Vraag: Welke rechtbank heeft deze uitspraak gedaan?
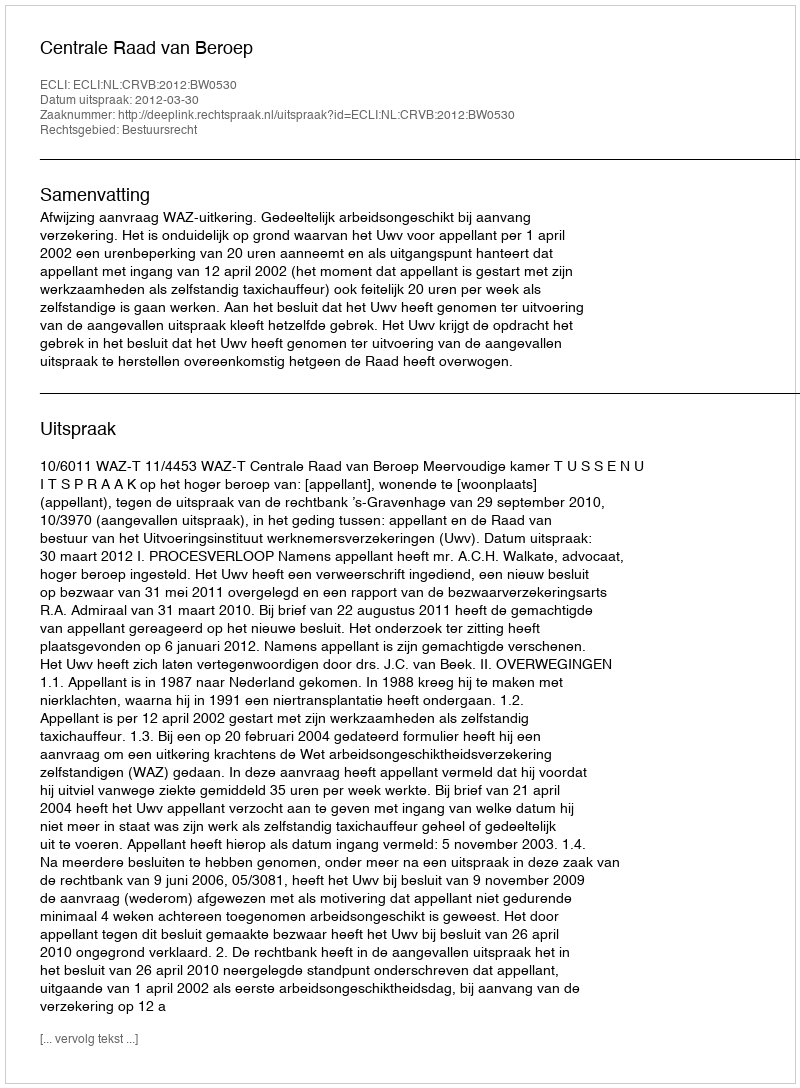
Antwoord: Centrale Raad van Beroep